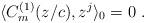
LaTeX: \begin{align*}\langle C^{(1)}_m(z/c),z^j \rangle_0 = 0\ .\end{align*}